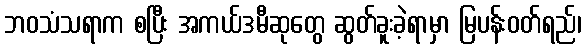
ဘဝသံသရာက စပြီး အကယ်ဒမီဆုတွေ ဆွတ်ခူးခဲ့ရာမှာ မြပန်းဝတ်ရည်၊